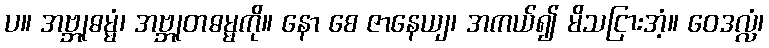
ပ။ အဗ္ဘုဓမ္မံ၊ အဗ္ဘုတဓမ္မကို။ နော စေ ဇာနေယျ၊ အကယ်၍ မိသငြားအံ့။ ဝေဒလ္လံ၊